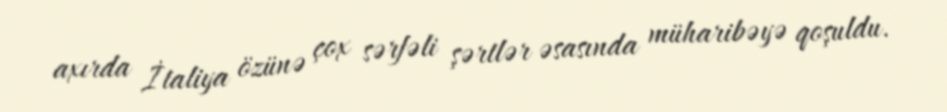
axırda İtaliya özünə çox sərfəli şərtlər əsasında müharibəyə qoşuldu.